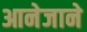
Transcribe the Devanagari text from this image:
आनेजाने